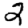
Digit: 2